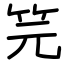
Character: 笎